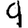
Digit: 9